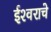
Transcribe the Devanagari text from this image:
ईश्‍वराचे